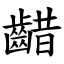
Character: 齰